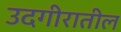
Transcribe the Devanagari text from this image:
उदगीरातील